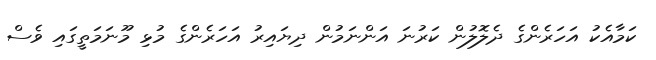
ކަމާއެކު އަހަރެންގެ ދެލޮލުން ކަރުނަ އަންނަމުން ދިޔައިރު އަހަރެންގެ މުޅި މޫނަމަތީގައި ވެސް